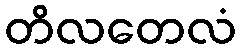
တိလတေလံ